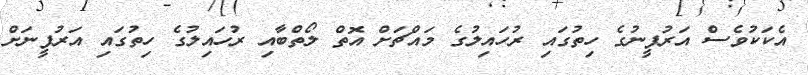
އެކަކުވެސް އަރުފީނުގެ ހިތުގައި ރުހައިލުގެ މައްޗަށް އޮތް ލޯތްބާއި ރުހައިލުގެ ހިތުގައި އަރުފީނަށް